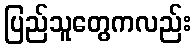
ပြည်သူတွေကလည်း